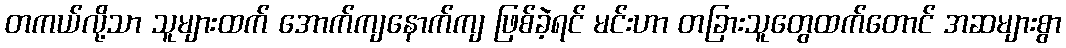
တကယ်လို့သာ သူများထက် အောက်ကျနောက်ကျ ဖြစ်ခဲ့ရင် မင်းဟာ တခြားသူတွေထက်တောင် အဆများစွာ